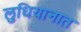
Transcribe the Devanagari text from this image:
लुधियानात